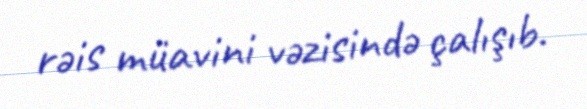
rəis müavini vəzisində çalışıb.